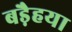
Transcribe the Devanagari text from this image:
बड़ैहया